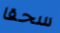
سحقا